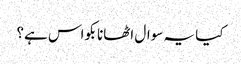
کیا یہ سوال اٹھانا بکواس ہے؟